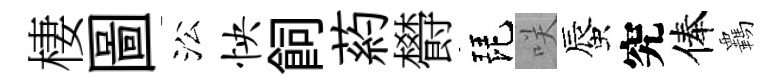
棲圖㳂怏飼葯欎琵咲蜃究俸覊